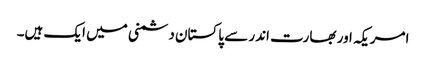
امریکہ اور بھارت اندر سے پاکستان دشمنی میں ایک ہیں۔